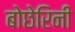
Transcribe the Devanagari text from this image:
बोछेरिनी